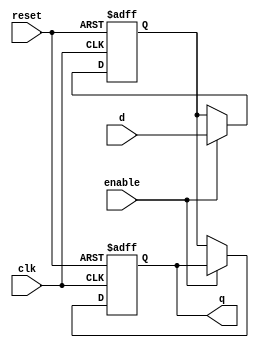
module transparent_latch_and_flipflop(
    input wire clk,
    input wire reset,
    input wire enable,
    input wire d,
    output reg q
);

reg internal_latch;

always @ (posedge clk or posedge reset) begin
    if (reset) begin
        internal_latch <= 1'b0;
    end else begin
        if (enable) begin
            internal_latch <= d;
        end
    end
end

always @ (posedge clk or posedge reset) begin
    if (reset) begin
        q <= 1'b0;
    end else begin
        if (!enable) begin
            q <= internal_latch;
        end
    end
end

endmodule